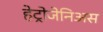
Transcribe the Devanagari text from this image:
हेट्रोजेनिअस